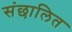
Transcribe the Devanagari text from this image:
संछालित